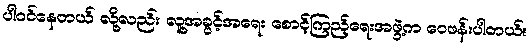
ပါဝင်နေတယ် လို့လည်း လူ့အခွင့်အရေး စောင့်ကြည့်ရေးအဖွဲ့က ဝေဖန်းပါတယ်။